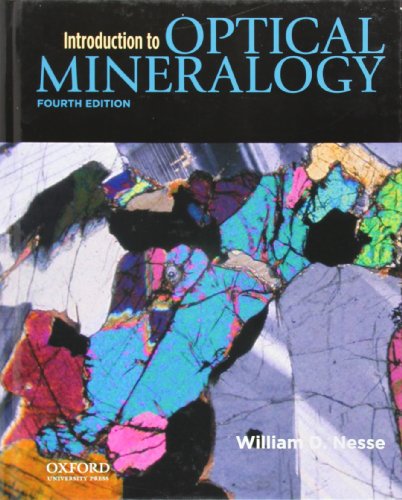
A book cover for Introduction to Optical Mineralogy; William Nesse; Science & Math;